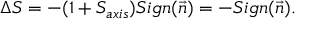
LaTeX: \Delta S = - ( 1 + S _ { a x i s } ) S i g n ( \vec { n } ) = - S i g n ( \vec { n } ) .